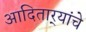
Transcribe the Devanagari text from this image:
आदितार्‍यांचे